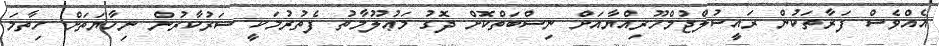
އެއްވެސް ފަރާތަކުން ރައީސުލްޖުމްހޫރިއްޔާއަށް ނިސްބަތްކޮށް ދޮގު މަޢުލޫމާތު ފެތުރުމަކީ ސަރުކާރުން ނިހާޔަތަށް ހިތާމަ